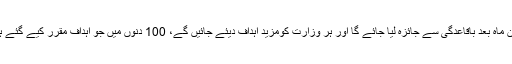
انہوں نے مزید کہا کہ وزارتوں کی کارکردگی کا ہر تین ماہ بعد باقاعدگی سے جائزہ لیا جائے گا اور ہر وزارت کومزید اہداف دیئے جائیں گے، 100 دنوں میں جو اہداف مقرر کیے گئے ہیں لائحہ عمل تشکیل دے کر ان کو یقینی بنایا جائے گا۔